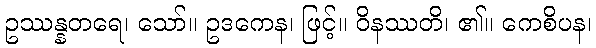
ဥဿန္နတရေ၊ သော်။ ဥဒကေန၊ ဖြင့်။ ဝိနဿတိ၊ ၏။ ကေစိပန၊